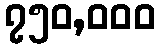
၇၅၀,၀၀၀